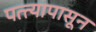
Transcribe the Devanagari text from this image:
पत्त्यापासून